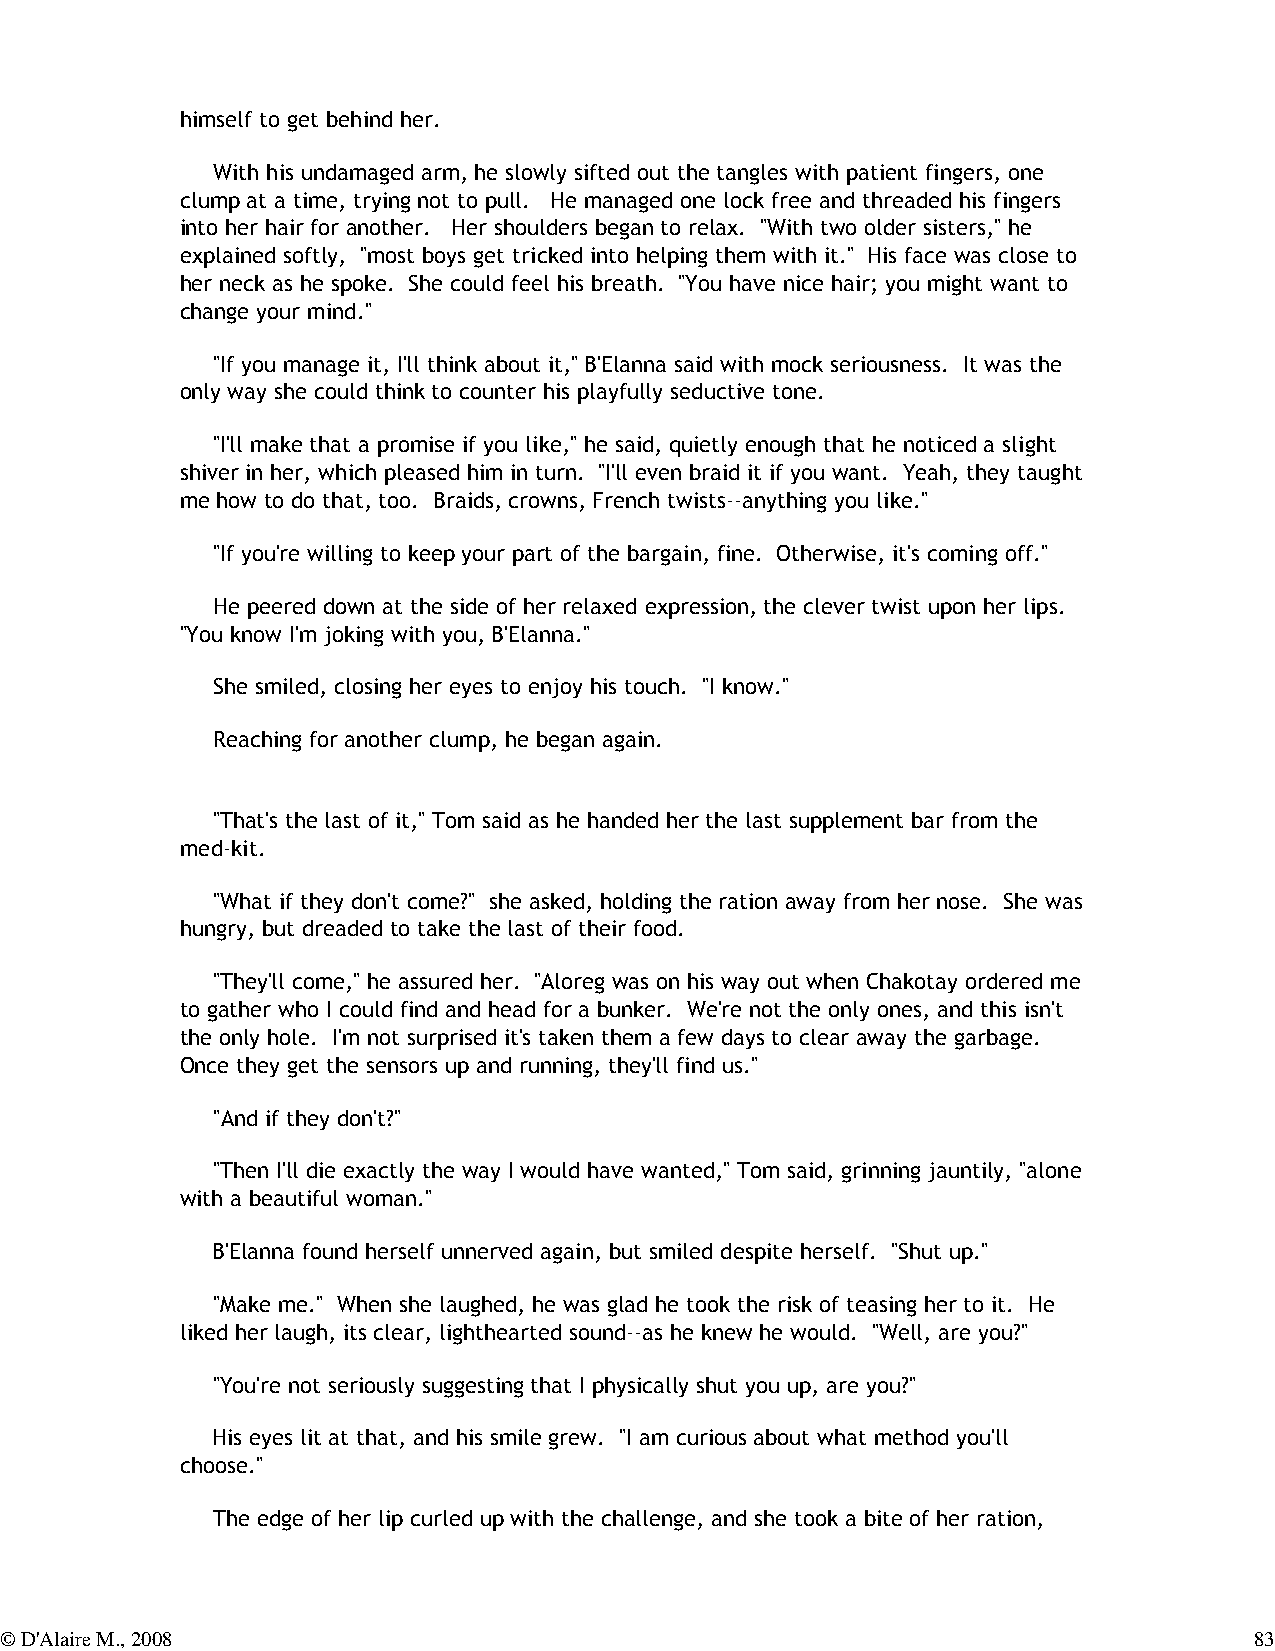
himself to get behind her.
 With his undamaged arm, he slowly sifted out the tangles with patient fingers, one
 clump at a time, trying not to pull. He managed one lock free and threaded his fingers
 into her hair for another. Her shoulders began to relax. "With two older sisters," he
 explained softly, "most boys get tricked into helping them with it." His face was close to
 her neck as he spoke. She could feel his breath. "You have nice hair; you might want to
 change your mind."
 "If you manage it, I'll think about it," B'Elanna said with mock seriousness. It was the
 only way she could think to counter his playfully seductive tone.
 "I'll make that a promise if you like," he said, quietly enough that he noticed a slight
 shiver in her, which pleased him in turn. "I'll even braid it if you want. Yeah, they taught
 me how to do that, too. Braids, crowns, French twists--anything you like."
 "If you're willing to keep your part of the bargain, fine. Otherwise, it's coming off."
 He peered down at the side of her relaxed expression, the clever twist upon her lips.
 "You know I'm joking with you, B'Elanna."
 She smiled, closing her eyes to enjoy his touch. "I know."
 Reaching for another clump, he began again.
 "That's the last of it," Tom said as he handed her the last supplement bar from the
 med-kit.
 "What if they don't come?" she asked, holding the ration away from her nose. She was
 hungry, but dreaded to take the last of their food.
 "They'll come," he assured her. "Aloreg was on his way out when Chakotay ordered me
 to gather who I could find and head for a bunker. We're not the only ones, and this isn't
 the only hole. I'm not surprised it's taken them a few days to clear away the garbage.
 Once they get the sensors up and running, they'll find us."
 "And if they don't?"
 "Then I'll die exactly the way I would have wanted," Tom said, grinning jauntily, "alone
 with a beautiful woman."
 B'Elanna found herself unnerved again, but smiled despite herself. "Shut up."
 "Make me." When she laughed, he was glad he took the risk of teasing her to it. He
 liked her laugh, its clear, lighthearted sound--as he knew he would. "Well, are you?"
 "You're not seriously suggesting that I physically shut you up, are you?"
 His eyes lit at that, and his smile grew. "I am curious about what method you'll
 choose."
 The edge of her lip curled up with the challenge, and she took a bite of her ration,
 © D'Alaire M., 2008                                                                83